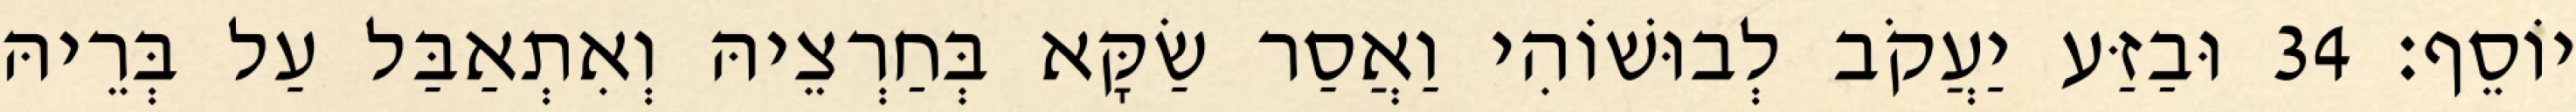
יוֹסֵף׃ 34 וּבַזַּע יַעֲקֹב לְבוּשׁוֹהִי וַאֲסַר שַׂקָּא בְּחַרְצֵיהּ וְאִתְאַבַּל עַל בְּרֵיהּ